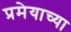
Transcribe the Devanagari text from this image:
प्रमेयाच्या